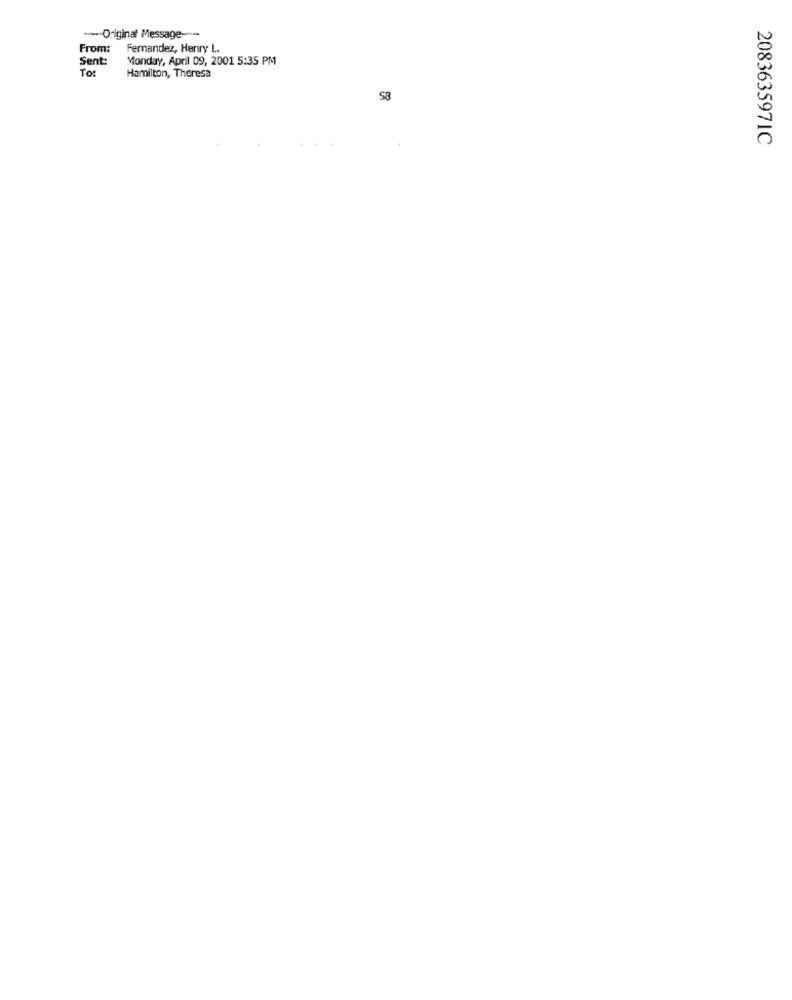
---- Original Message ---
From:
Fernandez, Henry L.
Sent:
Monday, April 09, 2001 5:35 PM
To
Hamilton, Theresa
2083635971C